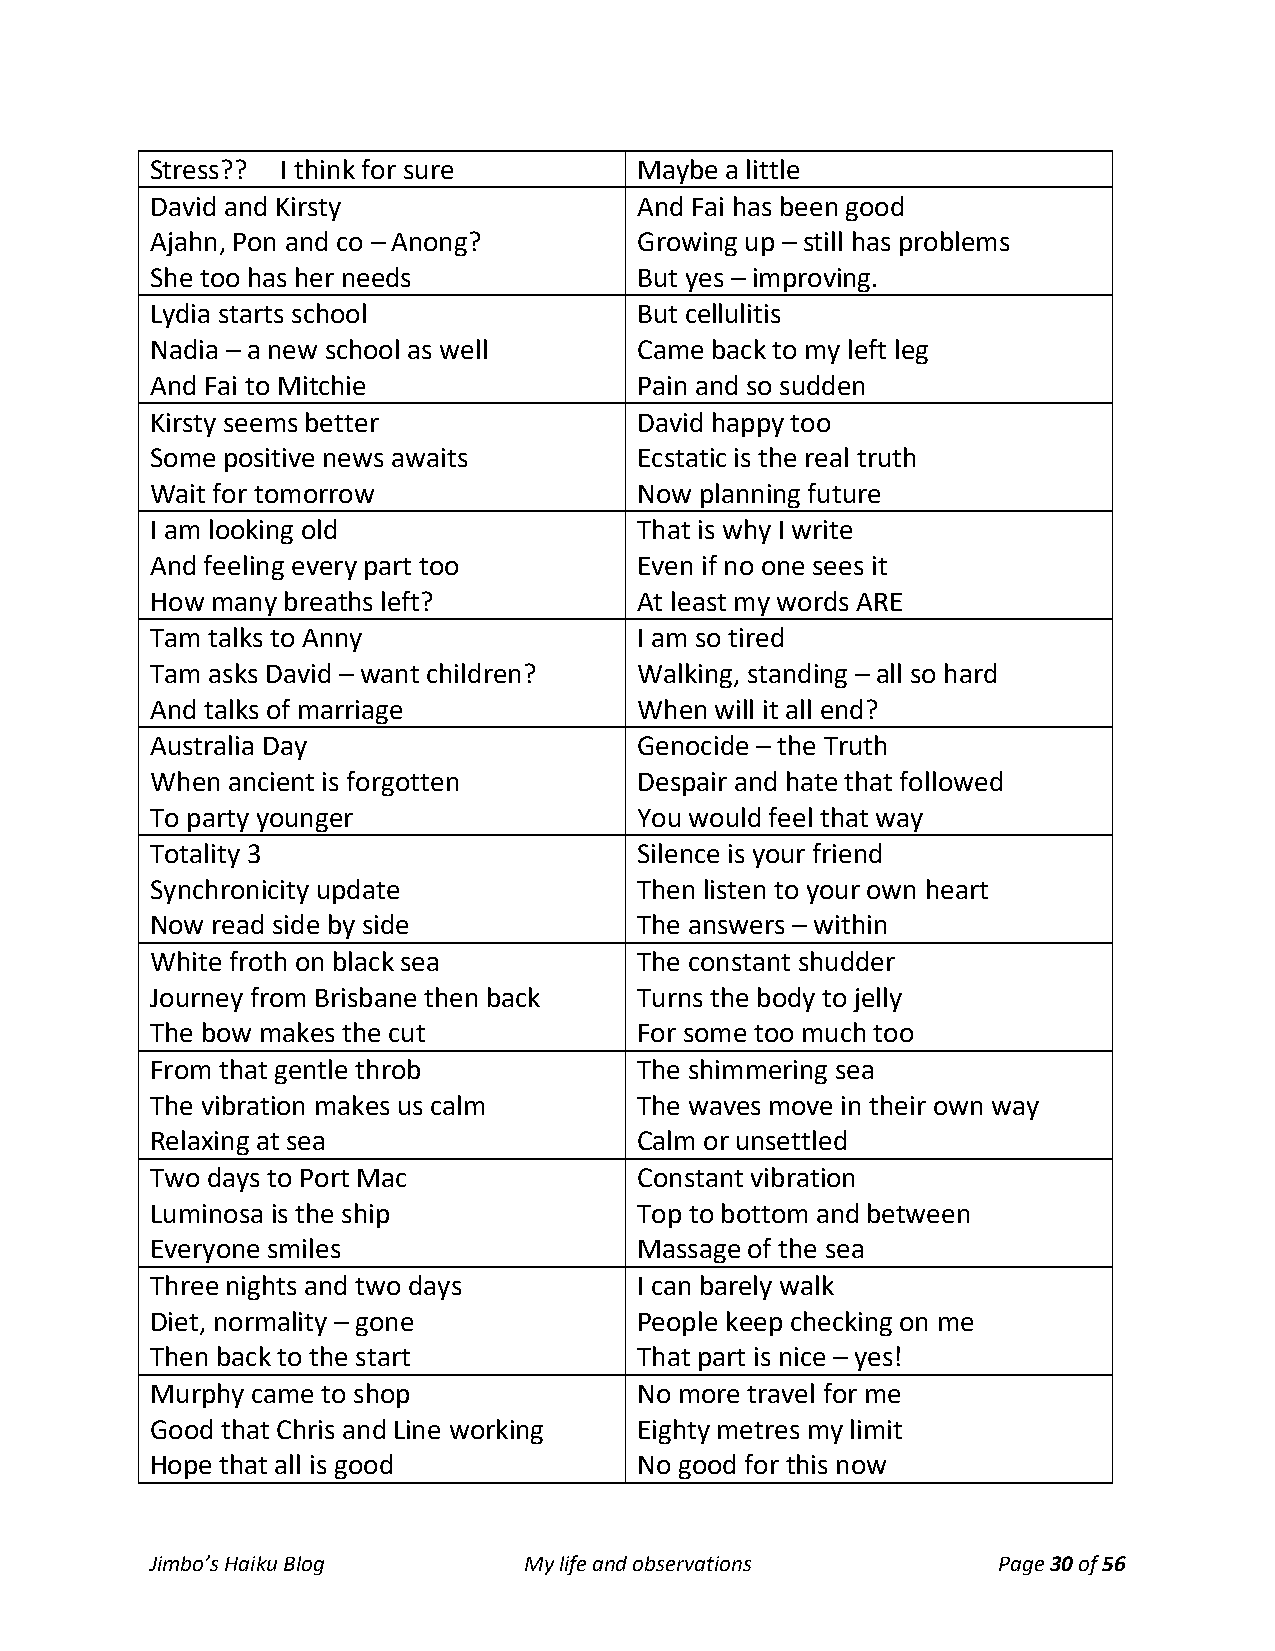
Stress?? I think for sure       Maybe a little
 David and Kirsty                And Fai has been good
 Ajahn, Pon and co – Anong?      Growing up – still has problems
 She too has her needs           But yes – improving.
 Lydia starts school             But cellulitis
 Nadia – a new school as well    Came back to my left leg
 And Fai to Mitchie              Pain and so sudden
 Kirsty seems better             David happy too
 Some positive news awaits       Ecstatic is the real truth
 Wait for tomorrow               Now planning future
 I am looking old                That is why I write
 And feeling every part too      Even if no one sees it
 How many breaths left?          At least my words ARE
 Tam talks to Anny               I am so tired
 Tam asks David – want children? Walking, standing – all so hard
 And talks of marriage           When will it all end?
 Australia Day                   Genocide – the Truth
 When ancient is forgotten       Despair and hate that followed
 To party younger                You would feel that way
 Totality 3                      Silence is your friend
 Synchronicity update            Then listen to your own heart
 Now read side by side           The answers – within
 White froth on black sea        The constant shudder
 Journey from Brisbane then back Turns the body to jelly
 The bow makes the cut           For some too much too
 From that gentle throb          The shimmering sea
 The vibration makes us calm     The waves move in their own way
 Relaxing at sea                 Calm or unsettled
 Two days to Port Mac            Constant vibration
 Luminosa is the ship            Top to bottom and between
 Everyone smiles                 Massage of the sea
 Three nights and two days       I can barely walk
 Diet, normality – gone          People keep checking on me
 Then back to the start          That part is nice – yes!
 Murphy came to shop             No more travel for me
 Good that Chris and Line working Eighty metres my limit
 Hope that all is good           No good for this now
 Jimbo’s Haiku Blog       My life and observations       Page 30 of 56